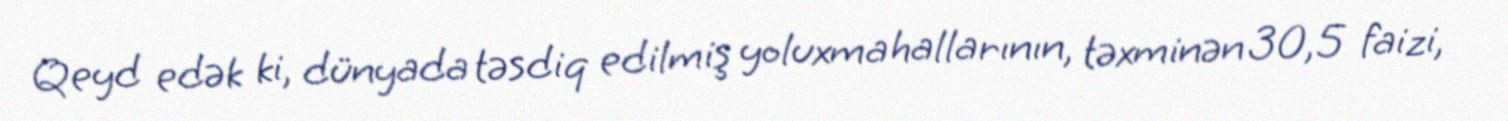
Qeyd edək ki, dünyada təsdiq edilmiş yoluxma hallarının, təxminən 30,5 faizi,